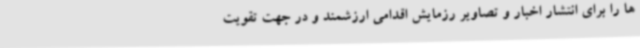
ها را برای انتشار اخبار و تصاویر رزمایش اقدامی ارزشمند و در جهت تقویت